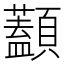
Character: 𩕭